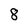
Character: 8